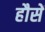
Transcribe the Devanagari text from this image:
हौसें